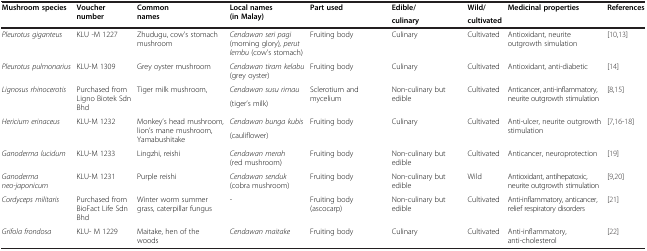
<table><thead><tr><td rowspan="2"><b>Mushroom species</b></td><td rowspan="2"><b>Voucher number</b></td><td rowspan="2"><b>Common names</b></td><td rowspan="2"><b>Local names (in Malay)</b></td><td rowspan="2"><b>Part used</b></td><td><b>Edible/</b></td><td><b>Wild/</b></td><td rowspan="2"><b>Medicinal properties</b></td><td rowspan="2"><b>References</b></td></tr><tr><td><b>culinary</b></td><td><b>cultivated</b></td></tr></thead><tbody><tr><td><i>Pleurotus giganteus</i></td><td>KLU -M 1227</td><td>Zhudugu, cow’s stomach mushroom</td><td><i>Cendawan seri pagi</i> (morning glory)<i>, perut lembu</i> (cow’s stomach)</td><td>Fruiting body</td><td>Culinary</td><td>Cultivated</td><td>Antioxidant, neurite outgrowth simulation</td><td>[10,13]</td></tr><tr><td><i>Pleurotus pulmonarius</i></td><td>KLU-M 1309</td><td>Grey oyster mushroom</td><td><i>Cendawan tiram kelabu</i> (grey oyster)</td><td>Fruiting body</td><td>Culinary</td><td>Cultivated</td><td>Antioxidant, anti-diabetic</td><td>[14]</td></tr><tr><td rowspan="2"><i>Lignosus rhinocerotis</i></td><td rowspan="2">Purchased from Ligno Biotek Sdn Bhd</td><td rowspan="2">Tiger milk mushroom,</td><td><i>Cendawan susu rimau</i></td><td rowspan="2">Sclerotium and mycelium</td><td rowspan="2">Non-culinary but edible</td><td rowspan="2">Cultivated</td><td rowspan="2">Anticancer, anti-inflammatory, neurite outgrowth stimulation</td><td rowspan="2">[8,15]</td></tr><tr><td>(tiger’s milk)</td></tr><tr><td rowspan="2"><i>Hericium erinaceus</i></td><td rowspan="2">KLU-M 1232</td><td rowspan="2">Monkey’s head mushroom, lion’s mane mushroom, Yamabushitake</td><td><i>Cendawan bunga kubis</i></td><td rowspan="2">Fruiting body</td><td rowspan="2">Culinary</td><td rowspan="2">Cultivated</td><td rowspan="2">Anti-ulcer, neurite outgrowth stimulation</td><td rowspan="2">[7,16-18]</td></tr><tr><td>(cauliflower)</td></tr><tr><td><i>Ganoderma lucidum</i></td><td>KLU-M 1233</td><td>Lingzhi, reishi</td><td><i>Cendawan merah</i> (red mushroom)</td><td>Fruiting body</td><td>Non-culinary but edible</td><td>Cultivated</td><td>Anticancer, neuroprotection</td><td>[19]</td></tr><tr><td><i>Ganoderma neo-japonicum</i></td><td>KLU-M 1231</td><td>Purple reishi</td><td><i>Cendawan senduk</i> (cobra mushroom)</td><td>Fruiting body</td><td>Non-culinary but edible</td><td>Wild</td><td>Antioxidant, antihepatoxic, neurite outgrowth stimulation</td><td>[9,20]</td></tr><tr><td><i>Cordyceps militaris</i></td><td>Purchased from BioFact Life Sdn Bhd</td><td>Winter worm summer grass, caterpillar fungus</td><td>-</td><td>Fruiting body (ascocarp)</td><td>Non-culinary but edible</td><td>Cultivated</td><td>Anti-inflammatory, anticancer, relief respiratory disorders</td><td>[21]</td></tr><tr><td><i>Grifola frondosa</i></td><td>KLU- M 1229</td><td>Maitake, hen of the woods</td><td><i>Cendawan maitake</i></td><td>Fruiting body</td><td>Culinary</td><td>Cultivated</td><td>Anti-inflammatory, anti-cholesterol</td><td>[22]</td></tr></tbody></table>